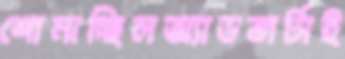
শোনাচ্ছিলঅ্যাডভার্টাই